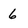
Character: 6